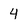
Character: 4